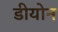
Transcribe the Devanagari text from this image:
डीयोन